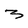
Character: 3